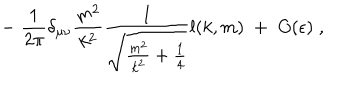
- \; \frac { 1 } { 2 \pi } \delta _ { \mu \nu } \frac { m ^ { 2 } } { k ^ { 2 } } \frac { 1 } { \sqrt { \frac { m ^ { 2 } } { k ^ { 2 } } + \frac { 1 } { 4 } } } l ( k , m ) \; + \; O ( \epsilon ) \; ,